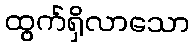
ထွက်ရှိလာသော